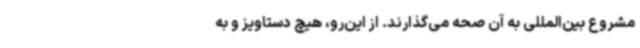
مشروع بین‌المللی به آن صحه می‌گذارند. از این‌رو، هیچ دستاویز و به